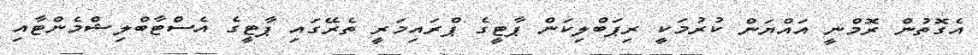
އެގޮތުން ރޮމްނީ އައްޔަން ކުރުމަކީ ރިޕަބްލިކަން ޕާޓީގެ ޕްރައިމަރީ ތެރޭގައި ޕާޓީގެ އެސްޓާބްލިޝްމެންޓާއި